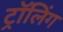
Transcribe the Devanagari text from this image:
ट्रॉलिंग